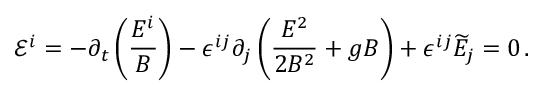
\mathcal { E } ^ { i } = - \partial _ { t } \left( \frac { E ^ { i } } { B } \right) - \epsilon ^ { i j } \partial _ { j } \left( \frac { E ^ { 2 } } { 2 B ^ { 2 } } + g B \right) + \epsilon ^ { i j } \widetilde { E } _ { j } = 0 \, .